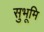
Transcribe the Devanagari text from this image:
सुभूमि